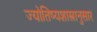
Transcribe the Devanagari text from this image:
ज्योतिष्यशास्त्रानुसार